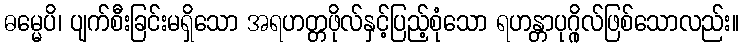
ဓမ္မေပိ၊ ပျက်စီးခြင်းမရှိသော အရဟတ္တဖိုလ်နှင့်ပြည့်စုံသော ရဟန္တာပုဂ္ဂိုလ်ဖြစ်သောလည်း။